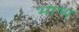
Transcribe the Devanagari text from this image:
भाष्‍य